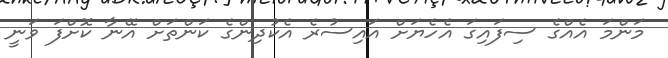
މަންމަ އެއްގެ ސިފައިގަ އެހެޔަށް އައިސުރެ އެކުދިންގެ ކަންތަށް އޭނާ ކޮށްފަ ވަނީ